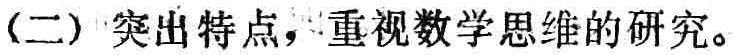
(二) 突出特点，重视数学思维的研究。